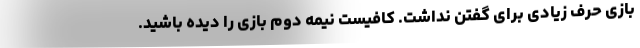
بازی حرف زیادی برای گفتن نداشت. کافیست نیمه دوم بازی را دیده باشید.